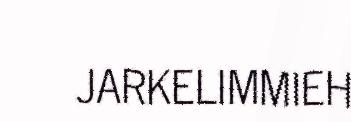
JARKELIMMIEH